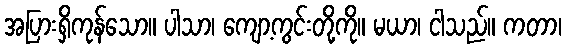
အပြားရှိကုန်သော။ ပါသာ၊ ကျော့ကွင်းတို့ကို။ မယာ၊ ငါသည်။ ကတာ၊